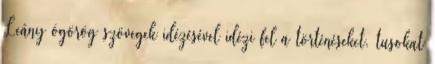
Leány ógörög szövegek idézésével idézi fel a történéseket. tusokat